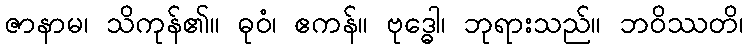
ဇာနာမ၊ သိကုန်၏။ ဓုဝံ၊ ဧကန်။ ဗုဒ္ဓေါ၊ ဘုရားသည်။ ဘဝိဿတိ၊